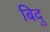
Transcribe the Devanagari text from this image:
बिदु